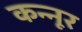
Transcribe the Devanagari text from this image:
कन्‍नूर